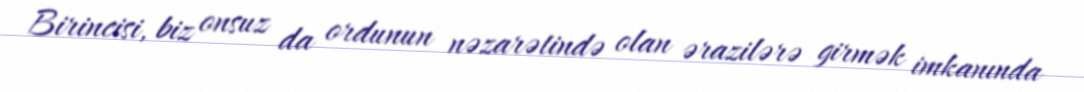
Birincisi, biz onsuz da ordunun nəzarətində olan ərazilərə girmək imkanında